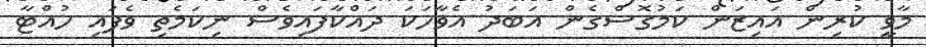
މާވީ ކުރިން އައިޒަން ކަމުގޮސްގެން އަބަދު އެވާހަކަ ދައްކާފައިވެސް ނިކަމެތި ވެފައި ހުއްޓާ